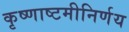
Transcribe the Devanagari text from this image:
कृष्णाष्टमीनिर्णय